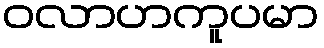
ဝလာဟကူပမာ